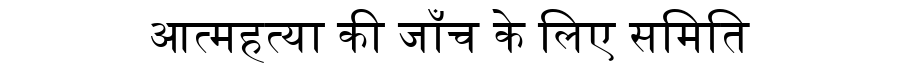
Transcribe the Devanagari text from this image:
आत्महत्या की जाँच के लिए समिति